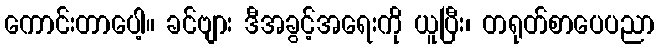
ကောင်းတာပေါ့။ ခင်ဗျား ဒီအခွင့်အရေးကို ယူပြီး၊ တရုတ်စာပေပညာ